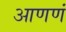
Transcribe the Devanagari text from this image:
आणणं